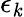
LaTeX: \epsilon_{\mathit{k}}